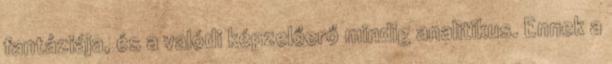
fantáziája, és a valódi képzelőerő mindig analitikus. Ennek a